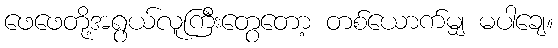
ဖေဖေတို့အရွယ်လူကြီးတွေတော့ တစ်ယောက်မျှ မပါချေ။